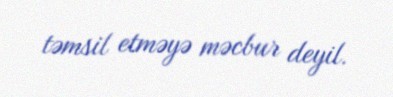
təmsil etməyə məcbur deyil.